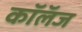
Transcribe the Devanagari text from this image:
कॉलॅज